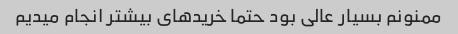
ممنونم بسیار عالی بود حتما خریدهای بیشتر انجام میدیم